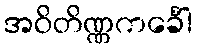
အဝိတိဏ္ဏကင်္ခေါ